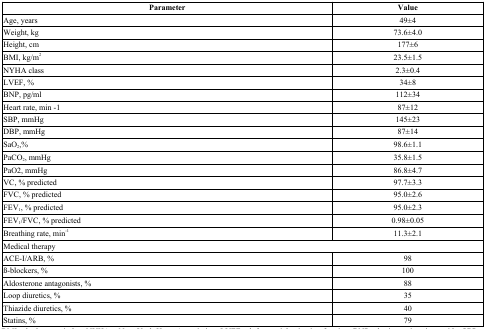
| Parameter | Value |
 | --- | --- |
 | Age, years | 49±4 |
 | Weight, kg | 73.6±4.0 |
 | Height, cm | 177±6 |
 | BMI, kg/m2 | 23.5±1.5 |
 | NYHA class | 2.3±0.4 |
 | LVEF, % | 34±8 |
 | BNP, pg/ml | 112±34 |
 | Heart rate, min -1 | 87±12 |
 | SBP, mmHg | 145±23 |
 | DBP, mmHg | 87±14 |
 | SaO2,% | 98.6±1.1 |
 | PaCO2, mmHg | 35.8±1.5 |
 | PaO2, mmHg | 86.8±4.7 |
 | VC, % predicted | 97.7±3.3 |
 | FVC, % predicted | 95.0±2.6 |
 | FEV1, % predicted | 95.0±2.3 |
 | FEV1/FVC, % predicted | 0.98±0.05 |
 | Breathing rate, min-1 | 11.3±2.1 |
 | <COLSPAN=2> Medical therapy |
 | ACE-I/ARB, % | 98 |
 | ß-blockers, % | 100 |
 | Aldosterone antagonists, % | 88 |
 | Loop diuretics, % | 35 |
 | Thiazide diuretics, % | 40 |
 | Statins, % | 79 |